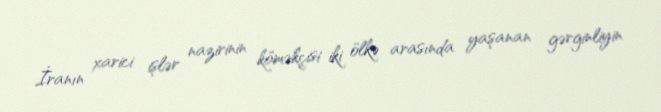
İranın xarici işlər nazirinin köməkçisi iki ölkə arasında yaşanan gərginliyin